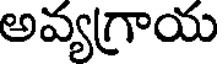
అవ్యగ్రాయ